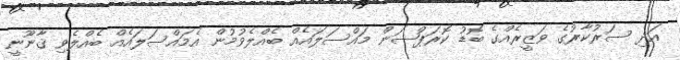
އަދި ސަރުކާރުގެ ވަޒީރެއްގެ ބޮޑު ކޮރަޕްޝަން މައްސަލައެއް ބެއްލެވުމުން އެމައްސަލައެއް ބެއްލެވި ޤާނޫނީ